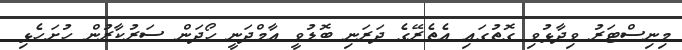
މިނިސްޓަރު ވިދާޅުވި ގޮތުގައި އެތެރޭގެ ދަރަނި ބޮޑުވީ އާމްދަނީ ހޯދަން ސަރުކާރުން ހުށަހެޅި